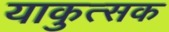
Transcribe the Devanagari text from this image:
याकुत्सक